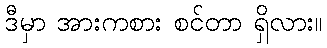
ဒီမှာ အားကစား စင်တာ ရှိလား။